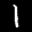
Label: 1